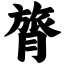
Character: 膂